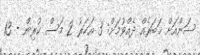
ސަންއަށް ޚަބަރެއް ދެއްވުމަށް: 3 އަހަރު 2 މަސް ކުރިން - 13